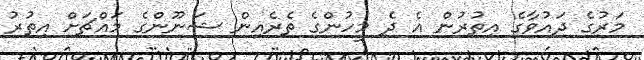
މަރުގެ ދައުވާގެ އިތުރުން އެ ދެ މީހުންގެ ތެރެއިން ޝަނޫންގެ މައްޗަށް އިތުރު